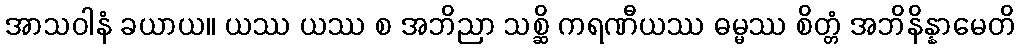
အာသဝါနံ ခယာယ။ ယဿ ယဿ စ အဘိညာ သစ္ဆိ ကရဏီယဿ ဓမ္မဿ စိတ္တံ အဘိနိန္နာမေတိ